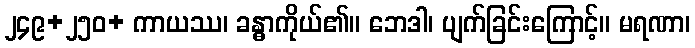
၂၄၉+၂၅၀+ ကာယဿ၊ ခန္ဓာကိုယ်၏။ ဘေဒါ၊ ပျက်ခြင်းကြောင့်။ မရဏာ၊